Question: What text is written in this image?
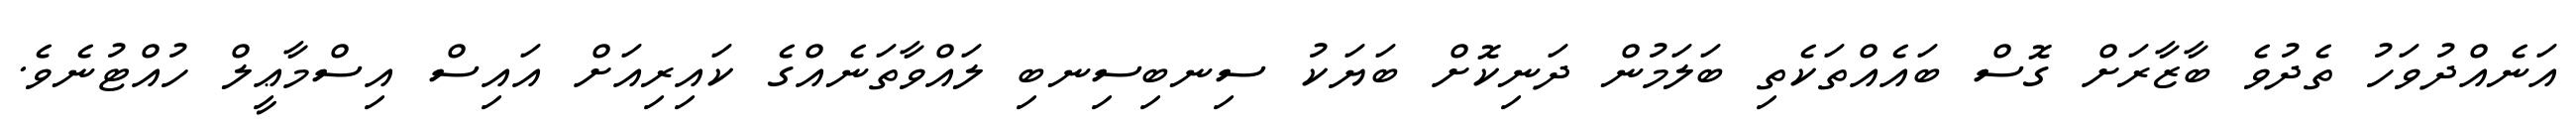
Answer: އަނެއްދުވަހު ތެދުވެ ބާޒާރަށް ގޮސް ބައެއްތަކެތި ބަލަމުން ދަނިކޮށް ބަޔަކު ސިނބިސިނބި ލައްވާތަނެއްގެ ކައިރިއަށް އައިސް އިސްމާޢީލް ހުއްޓުނެވެ.